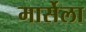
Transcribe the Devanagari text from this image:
मार्सेला